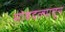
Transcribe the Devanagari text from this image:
मोबदल्यातून